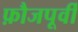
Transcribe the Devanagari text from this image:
फ़ौजपूर्वी